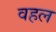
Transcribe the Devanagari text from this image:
वहल